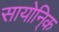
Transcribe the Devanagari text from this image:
सायोनि्क